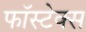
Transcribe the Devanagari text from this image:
फॉस्टेक्स